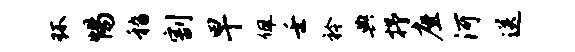
环惕嵇割早佩壬衿典抒座河送